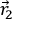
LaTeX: { \vec { r } } _ { 2 }